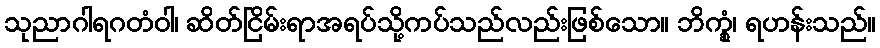
သုညာဂါရဂတံဝါ၊ ဆိတ်ငြိမ်းရာအရပ်သို့ကပ်သည်လည်းဖြစ်သော။ ဘိက္ခုံ၊ ရဟန်းသည်။